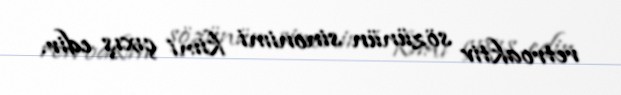
retroaktiv sözünün sinonimi kimi çıxış edir.